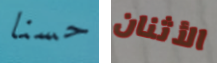
حسنا الأثنان